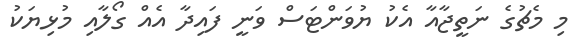
މި މެޗުގެ ނަތީޖާއާ އެކު ޔުވަންޓަސް ވަނީ ފައިދާ އެއް ގޯލާއި މުޅިޔަކު